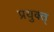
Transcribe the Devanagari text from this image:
प्रयुक्त्